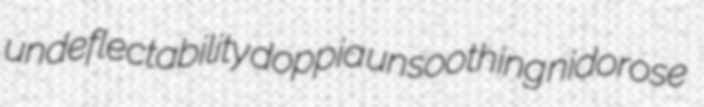
undeflectability doppia unsoothing nidorose